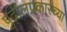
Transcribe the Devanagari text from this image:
पुढीलप्रकारच्या